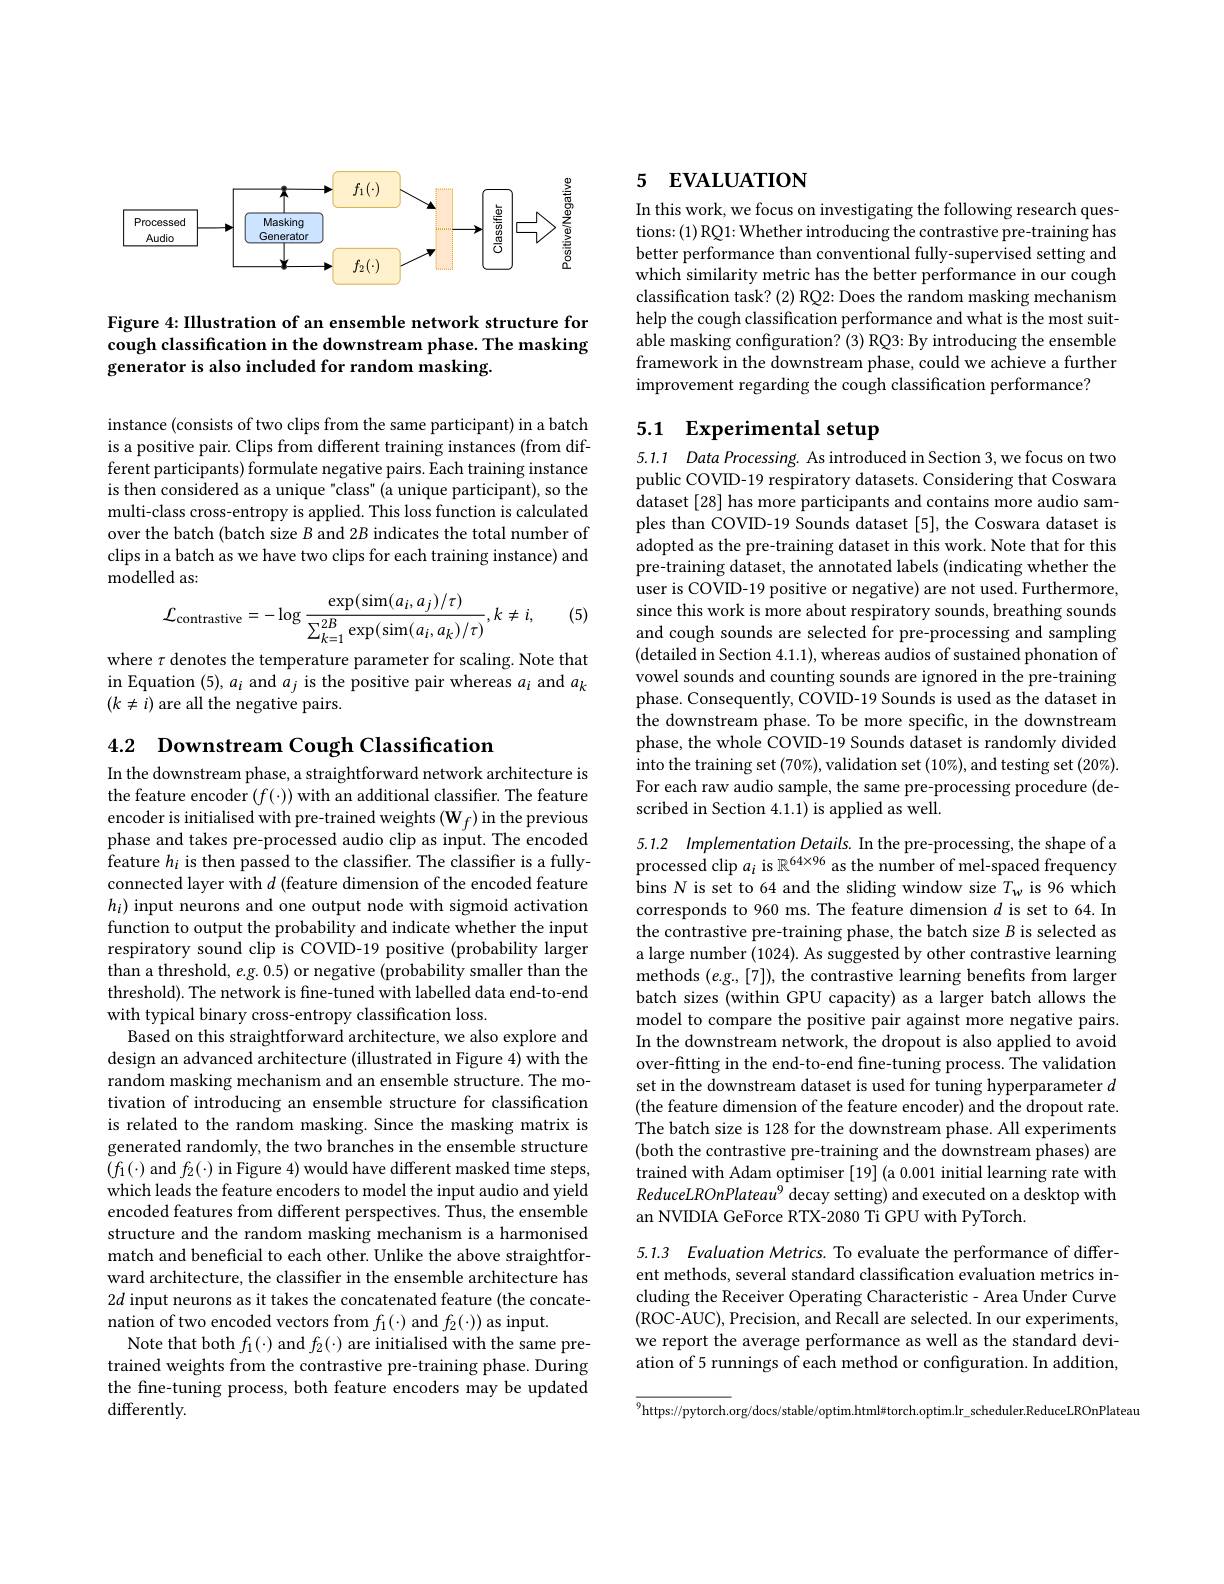
<FigureHere>

Figure 4: IIlustration of an ensemble network structure for cough classification in the downstream phase. The masking generator is also included for random masking.

instance (consists of two clips from the same participant) in a batch is a positive pair. Clips from different training instances (from different participants) formulate negative pairs. Each training instance is then considered as a unique "class" (a unique participant), so the multi-class cross-entropy is applied. This loss function is calculated over the batch (batch size $B$ and 2B indicates the total number of clips in a batch as we have two clips for each training instance) and ${\mathrm{modelled~as:}}$
$$\mathcal{L}_{\text{contrastive}}=-\log\frac{\exp(\sin(a_i,a_j)/\tau)}{\sum_{k=1}^{2B}\exp(\sin(a_i,a_k)/\tau)},k\neq i,$$
(5)

where $\tau$ denotes the temperature parameter for scaling. Note that in Equation (5), $a_i$ and $a_j$ is the positive pair whereas $a_i$ and $a_k$ $(k\neq i)$ are all the negative pairs.

4.2 $\textbf{Downstream Cough Classification}$
In the downstream phase, a straightforward network architecture is the feature encoder $(f(\cdot))$ with an additional classifier. The feature encoder is initialised with pre-trained weights $(\mathbf{W}_f)$ in the previous phase and takes pre-processed audio clip as input. The encoded $\hat{\text{feature }h_{i}}$ is then passed to the classiffer. The classiffer is a fullyconnected layer with $d$ (feature dimension of the encoded feature $h_i)$ input neurons and one output node with sigmoid activation function to output the probability and indicate whether the input respiratory sound clip is COVID-19 positive (probability larger than a threshold, $e.$g. 0.5) or negative (probability smaller than the threshold). The network is fine-tuned with labelled data end-to-end with typical binary cross-entropy classification loss.
Based on this straightforward architecture, we also explore and design an advanced architecture (illustrated in Figure 4) with the random masking mechanism and an ensemble structure. The motivation of introducing an ensemble structure for classification is related to the random masking. Since the masking matrix is generated randomly, the two branches in the ensemble structure $(f_1(\cdot)$ and $f_2(\cdot)$ in Figure 4) would have different masked time steps, which leads the feature encoders to model the input audio and yield encoded features from different perspectives. Thus, the ensemble structure and the random masking mechanism is a harmonised match and beneficial to each other. Unlike the above straightforward architecture, the classifier in the ensemble architecture has $2d$ input neurons as it takes the concatenated feature (the concatenation of two encoded vectors from $f_1(\cdot)$ and $f_2(\cdot))$ as input.
Note that both $f_1(\cdot)$ and $f_2(\cdot)$ are initialised with the same pretrained weights from the contrastive pre-training phase. During the fine-tuning process, both feature encoders may be updated differently.

## 5 EVALUATION

In this work, we focus on investigating the following research questions: (1) RQ1: Whether introducing the contrastive pre-training has better performance than conventional fully-supervised setting and which similarity metric has the better performance in our cough classification task? (2) RQ2: Does the random masking mechanism help the cough classification performance and what is the most suitable masking configuration? (3) RQ3: By introducing the ensemble framework in the downstream phase, could we achieve a further improvement regarding the cough classification performance?

# 5.1 Experimental setup

5.1.1 Data Processing. As introduced in Section 3,we focus on two public COVID-19 respiratory datasets. Considering that Coswara dataset [28] has more participants and contains more audio samples than COVID-19 Sounds dataset [5], the Coswara dataset is adopted as the pre-training dataset in this work. Note that for this pre-training dataset, the annotated labels (indicating whether the user is COVID-19 positive or negative) are not used. Furthermore, since this work is more about respiratory sounds, breathing sounds and cough sounds are selected for pre-processing and sampling (detailed in Section 4.1.1), whereas audios of sustained phonation of vowel sounds and counting sounds are ignored in the pre-training phase. Consequently, COVID-19 Sounds is used as the dataset in the downstream phase. To be more specific, in the downstream phase, the whole COVID-19 Sounds dataset is randomly divided into the training set $(70\%)$,validation set $(10\%)$,and testing set $(20\%).$ For each raw audio sample, the same pre-processing procedure (described in Section 4.1.1) is applied as well.

5.1.2 Implementation Details. In the pre-processing, the shape of a processed clip $a_i$ is $\mathbb{R}^64\times96$ as the number of mel-spaced frequency bins N is set to 64 and the sliding window size $T_w$ is 96 which corresponds to 960 ms. The feature dimension $d$ is set to 64. In the contrastive pre-training phase, the batch size $B$ is selected as a large number (1024). As suggested by other contrastive learning methods $(e$.g., [7]), the contrastive learning benefits from larger batch sizes (within GPU capacity) as a larger batch allows the model to compare the positive pair against more negative pairs. In the downstream network, the dropout is also applied to avoid over-fitting in the end-to-end fine-tuning process. The validation set in the downstream dataset is used for tuning hyperparameter $d$ (the feature dimension of the feature encoder) and the dropout rate. The batch size is 128 for the downstream phase. All experiments (both the contrastive pre-training and the downstream phases) are trained with Adam optimiser [19] (a 0.001 initial learning rate with ReduceLROnPlateau$^{9}$ decay setting) and executed on a desktop with an NVIDIA GeForce RTX-2080 Ti GPU with PyTorch.

5.1.3 Evaluation Metrics. To evaluate the performance of different methods, several standard classification evaluation metrics including the Receiver Operating Characteristic- Area Under Curve (ROC-AUC), Precision, and Recall are selected. In our experiments, we report the average performance as well as the standard deviation of 5 runnings of each method or configuration. In addition,

$^{9}$https://pytorch.org/docs/stable/optim.html#torch.optim.lr\_scheduler.ReduceLROnPlateau